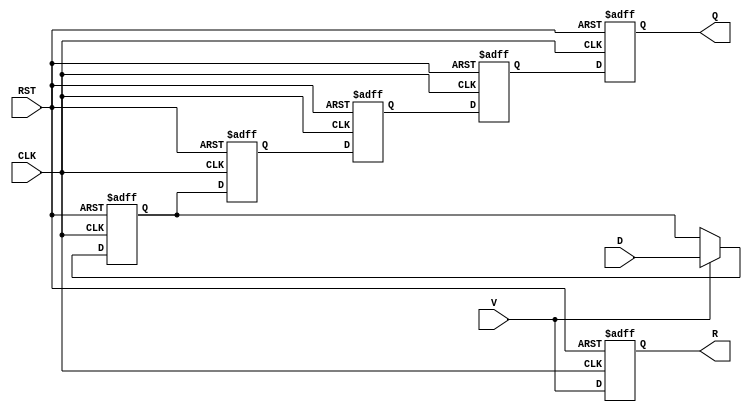
module PipelineBuffer #(
    parameter STAGES = 4,    // Number of stages in the pipeline
    parameter DATA_WIDTH = 8  // Width of the data input
)(
    input wire [DATA_WIDTH-1:0] D,      // Data Input
    input wire CLK,                      // Clock
    input wire RST,                      // Reset
    input wire V,                        // Valid
    output reg [DATA_WIDTH-1:0] Q,      // Data Output
    output reg R                         // Ready
);

    // Internal register array for pipeline stages
    reg [DATA_WIDTH-1:0] pipeline [0:STAGES-1];

    integer i;

    // Always block for sequential logic
    always @(posedge CLK or posedge RST) begin
        if (RST) begin
            // Reset all stages
            for (i = 0; i < STAGES; i = i + 1) begin
                pipeline[i] <= 0;
            end
            Q <= 0;
            R <= 0;
        end else begin
            // Shift data through the pipeline
            if (V) begin
                // Latch input data into the first stage
                pipeline[0] <= D;
            end
            
            // Shift data through each stage
            for (i = 1; i < STAGES; i = i + 1) begin
                pipeline[i] <= pipeline[i-1];
            end
            
            // Set output and ready signals
            Q <= pipeline[STAGES-1];
            R <= V;  // Indicate readiness when valid is asserted
        end
    end

endmodule